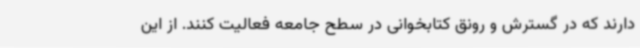
دارند که در گسترش و رونق کتابخوانی در سطح جامعه فعالیت کنند. از این